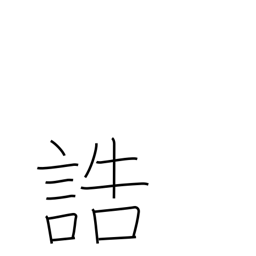
Meaning: give instructions